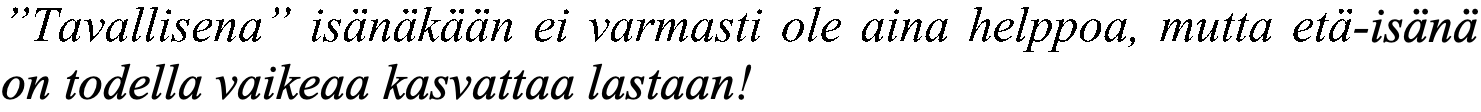
”Tavallisena” isänäkään ei varmasti ole aina helppoa, mutta etä-isänä on todella vaikeaa kasvattaa lastaan!